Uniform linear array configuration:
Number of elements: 4
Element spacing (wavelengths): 0.75
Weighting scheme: uniform
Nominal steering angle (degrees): -15
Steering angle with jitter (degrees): -13.038
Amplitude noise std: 0.05
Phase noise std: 0.05

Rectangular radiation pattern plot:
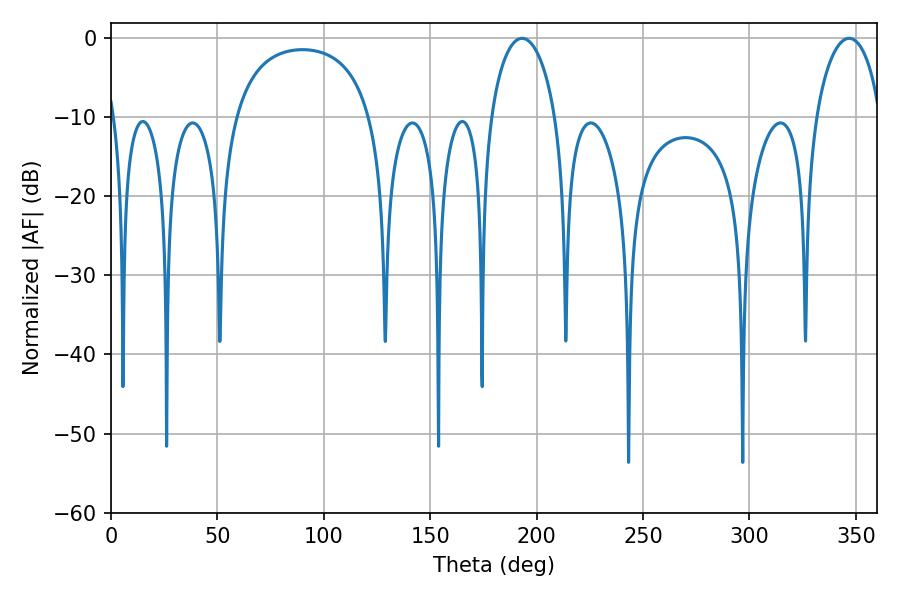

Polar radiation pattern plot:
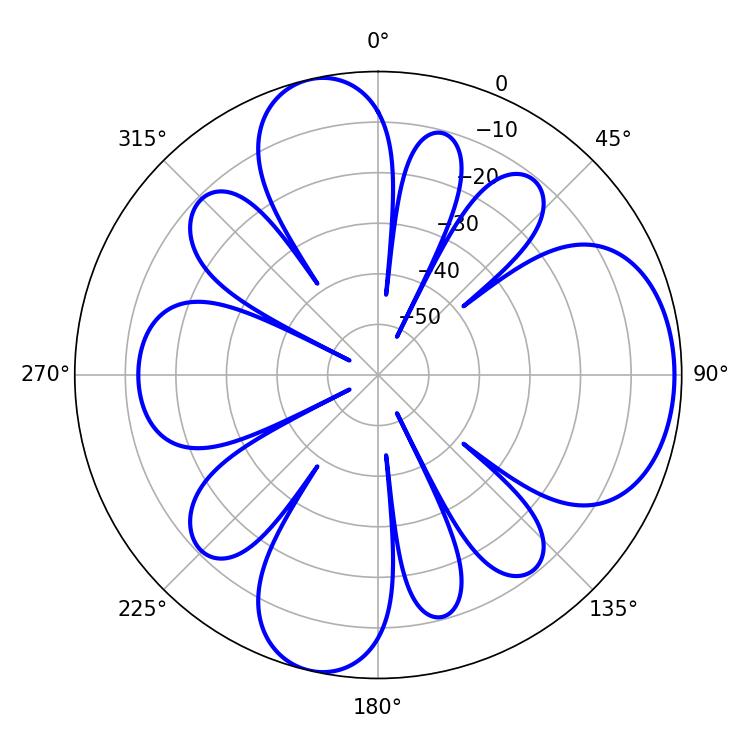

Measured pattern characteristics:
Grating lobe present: TRUE
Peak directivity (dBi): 7.607
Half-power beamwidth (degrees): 17.64
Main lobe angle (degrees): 193.14